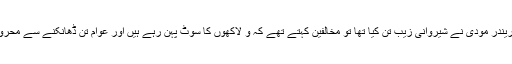
جب نریندر مودی نے شیروانی زیب تن کیا تھا تو مخالفین کہتے تھے کہ و لاکھوں کا سوٹ پہن رہے ہیں اور عوام تن ڈھانکنے سے محروم ہیں۔